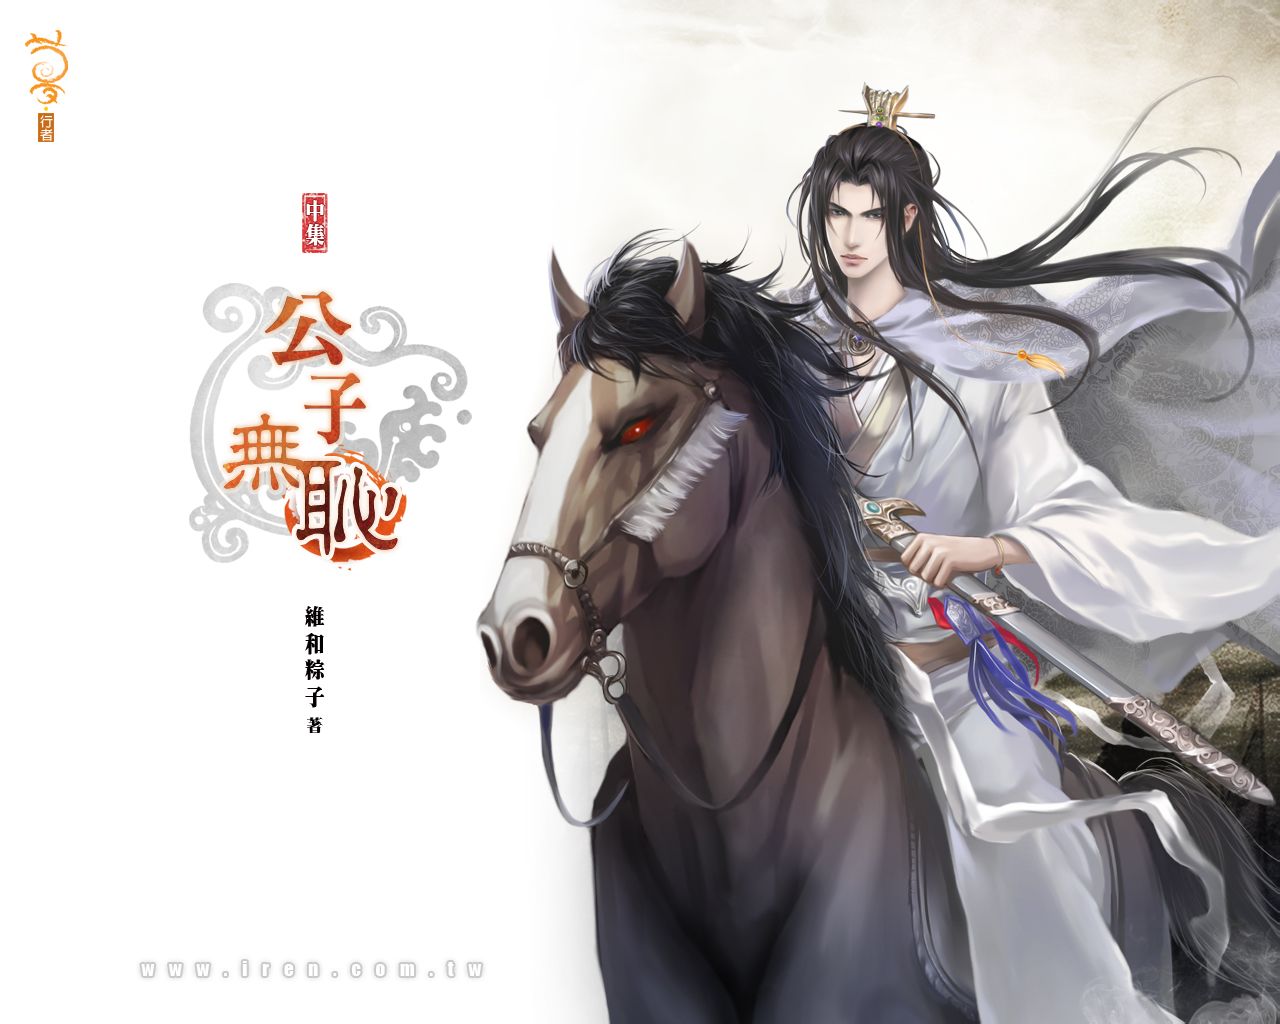
金络青骢白玉鞍，长鞭紫陌野游盘。